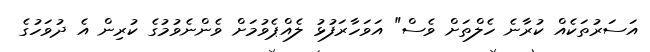
އަސަރުތަކެއް ކުރާނެ ހެލްތަށް ވެސް" އަވަހާރަފުޅު ލެއްޕެވުމަށް ވެންނެވުމުގެ ކުރިން އެ ދުވަހުގެ